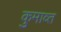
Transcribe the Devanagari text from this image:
कुमाव्त